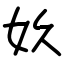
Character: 奺